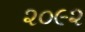
૨૦૯૨